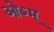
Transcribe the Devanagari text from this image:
ओऽम्‌